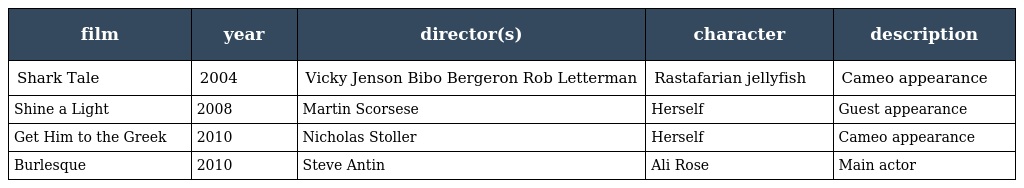
| film | year | director(s) | character | description |
 | --- | --- | --- | --- | --- |
 | Shark Tale | 2004 | Vicky Jenson Bibo Bergeron Rob Letterman | Rastafarian jellyfish | Cameo appearance |
 | Shine a Light | 2008 | Martin Scorsese | Herself | Guest appearance |
 | Get Him to the Greek | 2010 | Nicholas Stoller | Herself | Cameo appearance |
 | Burlesque | 2010 | Steve Antin | Ali Rose | Main actor |